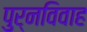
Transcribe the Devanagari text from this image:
पुर्नविवाह